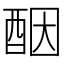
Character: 𫑵